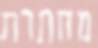
מחתרת